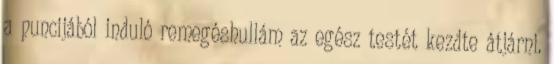
a puncijából induló remegéshullám az egész testét kezdte átjárni.